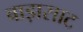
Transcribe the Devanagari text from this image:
बाड़ासाट